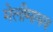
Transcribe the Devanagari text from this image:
मेलीमाधव